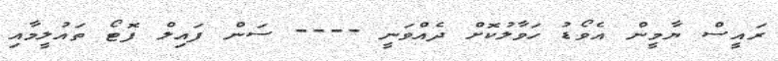
ރައީސް ޔާމީން އެވޯޑު ހަވާލުކޮށް ދެއްވަނީ ---- ސަން ފައިލް ފޮޓޯ ތައުލީމާއި